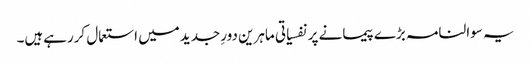
یہ سوالنامہ بڑے پیمانے پر نفسیاتی ماہرین دورِ جدیدمیں استعمال کررہےہیں۔